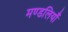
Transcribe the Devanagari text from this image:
मण्डलियाँ